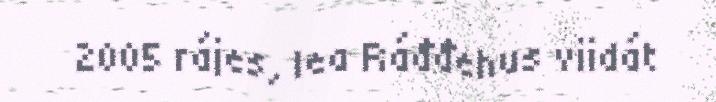
2005 rájes, lea Ráđđehus viidát